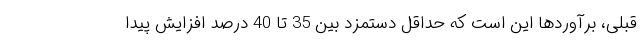
قبلی، برآوردها این است که حداقل دستمزد بین 35 تا 40 درصد افزایش پیدا